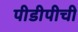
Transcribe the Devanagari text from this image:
पीडीपीची